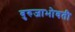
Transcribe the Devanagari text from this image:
बुरुजाभोवती